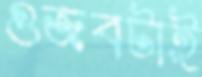
গুজবটাই